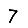
Digit: 7